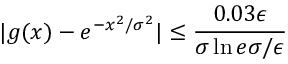
| g ( x ) - e ^ { - x ^ { 2 } / \sigma ^ { 2 } } | \le \frac { 0 . 0 3 \epsilon } { \sigma \ln { e \sigma / \epsilon } }